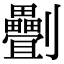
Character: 𠠯